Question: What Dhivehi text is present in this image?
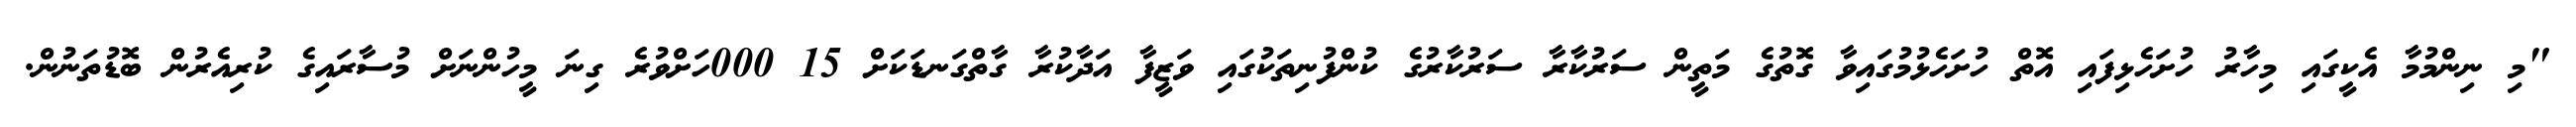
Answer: "މި ނިންމުމާ އެކީގައި މިހާރު ހުށަހެޅިފައި އޮތް ހުށަހެޅުމުގައިވާ ގޮތުގެ މަތީން ސަރުކާރާ ސަރުކާރުގެ ކުންފުނިތަކުގައި ވަޒީފާ އަދާކުރާ ގާތްގަނޑަކަށް 15 000ހަށްވުރެ ގިނަ މީހުންނަށް މުސާރައިގެ ކުރިއެރުން ބޮޑުތަނުން.